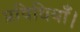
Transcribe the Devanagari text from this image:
प्रविधियाँ।